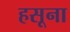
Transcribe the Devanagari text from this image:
हसूना